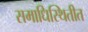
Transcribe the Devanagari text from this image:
समाधिस्थितीत